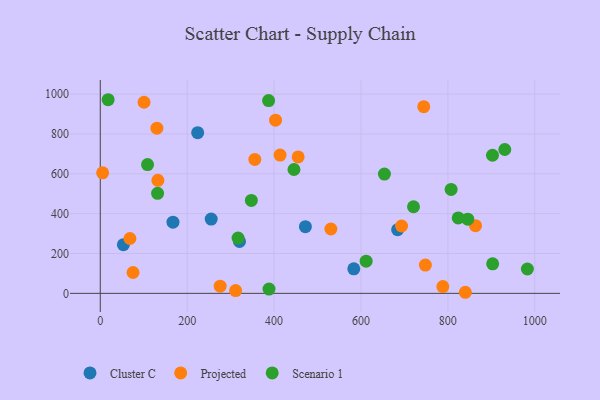
{"axis": {"x": "Engine Size", "y": "Fuel Efficiency"}, "legend": ["Cluster C", "Projected", "Scenario 1"], "data": [{"x": "224.2", "y": 806.8, "type": "Cluster C"}, {"x": "583.5", "y": 123.3, "type": "Cluster C"}, {"x": "53.2", "y": 244.3, "type": "Cluster C"}, {"x": "255.3", "y": 373.1, "type": "Cluster C"}, {"x": "167.3", "y": 357.1, "type": "Cluster C"}, {"x": "684.4", "y": 319.6, "type": "Cluster C"}, {"x": "472.1", "y": 334.7, "type": "Cluster C"}, {"x": "320.4", "y": 260.4, "type": "Cluster C"}, {"x": "748.2", "y": 142.2, "type": "Projected"}, {"x": "863.7", "y": 339.7, "type": "Projected"}, {"x": "75.4", "y": 104.6, "type": "Projected"}, {"x": "275.9", "y": 36.0, "type": "Projected"}, {"x": "413.8", "y": 694.0, "type": "Projected"}, {"x": "5.4", "y": 605.3, "type": "Projected"}, {"x": "355.7", "y": 672.2, "type": "Projected"}, {"x": "530.8", "y": 323.0, "type": "Projected"}, {"x": "100.7", "y": 959.5, "type": "Projected"}, {"x": "68.2", "y": 275.3, "type": "Projected"}, {"x": "840.2", "y": 5.4, "type": "Projected"}, {"x": "130.3", "y": 829.1, "type": "Projected"}, {"x": "311.5", "y": 13.9, "type": "Projected"}, {"x": "403.4", "y": 869.6, "type": "Projected"}, {"x": "693.4", "y": 338.1, "type": "Projected"}, {"x": "744.5", "y": 937.2, "type": "Projected"}, {"x": "788.4", "y": 33.9, "type": "Projected"}, {"x": "455.4", "y": 684.7, "type": "Projected"}, {"x": "132.6", "y": 567.6, "type": "Projected"}, {"x": "18.1", "y": 972.1, "type": "Scenario 1"}, {"x": "654.0", "y": 598.7, "type": "Scenario 1"}, {"x": "823.8", "y": 378.5, "type": "Scenario 1"}, {"x": "720.9", "y": 434.8, "type": "Scenario 1"}, {"x": "931.0", "y": 722.3, "type": "Scenario 1"}, {"x": "388.4", "y": 21.7, "type": "Scenario 1"}, {"x": "108.8", "y": 646.5, "type": "Scenario 1"}, {"x": "347.7", "y": 466.6, "type": "Scenario 1"}, {"x": "845.8", "y": 372.3, "type": "Scenario 1"}, {"x": "611.9", "y": 161.7, "type": "Scenario 1"}, {"x": "387.4", "y": 967.9, "type": "Scenario 1"}, {"x": "131.9", "y": 502.3, "type": "Scenario 1"}, {"x": "983.0", "y": 122.2, "type": "Scenario 1"}, {"x": "902.7", "y": 693.4, "type": "Scenario 1"}, {"x": "807.5", "y": 522.0, "type": "Scenario 1"}, {"x": "903.1", "y": 148.2, "type": "Scenario 1"}, {"x": "317.1", "y": 277.6, "type": "Scenario 1"}, {"x": "445.8", "y": 621.7, "type": "Scenario 1"}]}